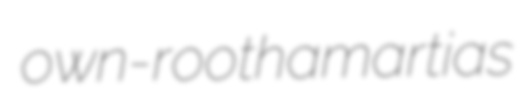
own-root hamartias